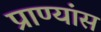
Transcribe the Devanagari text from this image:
प्राण्यांस